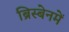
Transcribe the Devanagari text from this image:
ब्रिस्बेनमें